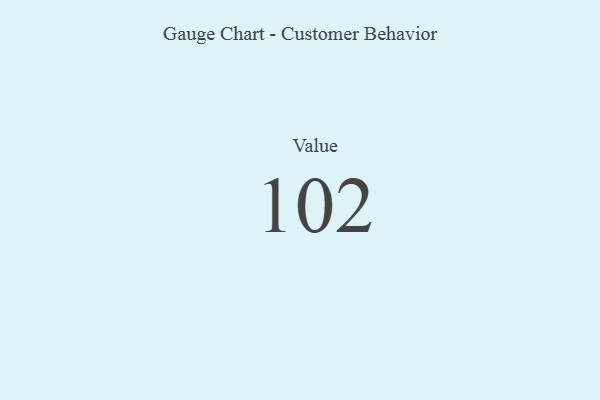
{"axis": {"x": "Metric", "y": "Value"}, "legend": [""], "data": [{"x": "Value", "y": 102, "type": ""}]}